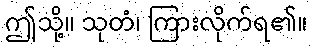
ဤသို့။ သုတံ၊ ကြားလိုက်ရ၏။